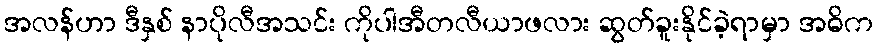
အလန်ဟာ ဒီနှစ် နာပိုလီအသင်း ကိုပါအီတလီယာဖလား ဆွတ်ခူးနိုင်ခဲ့ရာမှာ အဓိက